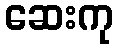
ဆေးကု